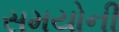
સમયોની